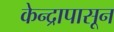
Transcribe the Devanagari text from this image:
केन्द्रापासून